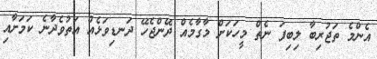
އެންމެ ތަޖުރިބާ ލިބިފަ ނެތް މީހަކަށް މާގާމެއް ދޭންޖެހޭ ދަނޑިވަޅެއް އަތުވެދާނެ ކަމަށާއި